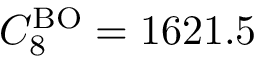
C _ { 8 } ^ { \mathrm { B O } } = 1 6 2 1 . 5